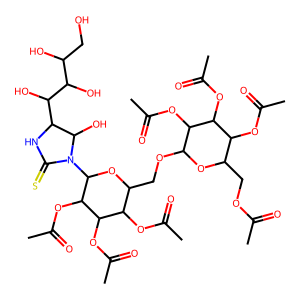
SMILES: CC(=O)OCC1OC(OCC2OC(N3C(=S)NC(C(O)C(O)C(O)CO)C3O)C(OC(C)=O)C(OC(C)=O)C2OC(C)=O)C(OC(C)=O)C(OC(C)=O)C1OC(C)=O
Inhibits HIV replication: No